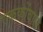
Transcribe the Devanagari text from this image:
एककोंवाले